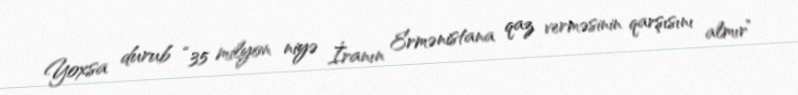
Yoxsa durub “35 milyon niyə İranın Ermənistana qaz verməsinin qarşısını almır”